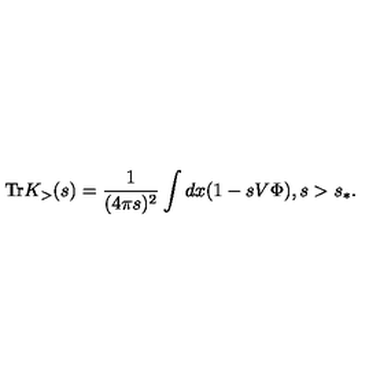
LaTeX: \mathrm { T r } K _ { > } ( s ) = \frac { 1 } { ( 4 \pi s ) ^ { 2 } } \int d x ( 1 - s V \Phi ) , s > s _ { \ast } .